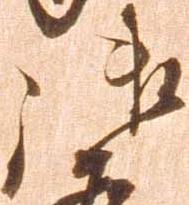
御